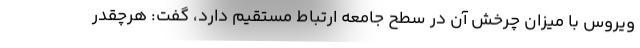
ویروس با میزان چرخش آن در سطح جامعه ارتباط مستقیم دارد، گفت: هرچقدر